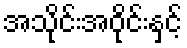
အသိုင်းအဝိုင်းနှင့်